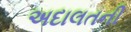
અદાલતની